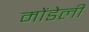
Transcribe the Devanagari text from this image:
मोंडेली